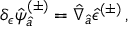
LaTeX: \delta _ { \epsilon } \hat { \psi } _ { \hat { a } } ^ { ( \pm ) } = \hat { \nabla } _ { \hat { a } } \hat { \epsilon } ^ { ( \pm ) } \, ,